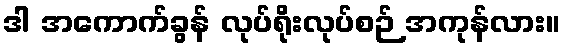
ဒါ အကောက်ခွန် လုပ်ရိုးလုပ်စဉ် အကုန်လား။